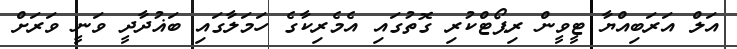
އަލް އަރަބިއްޔާ ޓީވީން ރިޕޯޓްކުރި ގޮތުގައި އެމެރިކާގެ ހަމަލާގައި ބަޣުދާދީ ވަނީ ވަރަށް